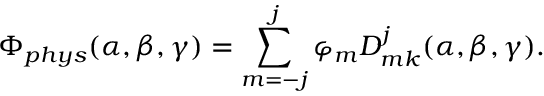
\Phi _ { p h y s } ( \alpha , \beta , \gamma ) = \sum _ { m = - j } ^ { j } \varphi _ { m } D _ { m k } ^ { j } ( \alpha , \beta , \gamma ) .